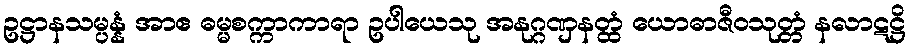
ဥဋ္ဌာနသမ္ပန္နံ အာဧ ဓမ္မစက္ကာကာရာ ဥပါယေသု အနုဂ္ဂဏှနတ္ထံ ယောဓာဇီဝသုတ္တံ နလာဋဋ္ဌိ